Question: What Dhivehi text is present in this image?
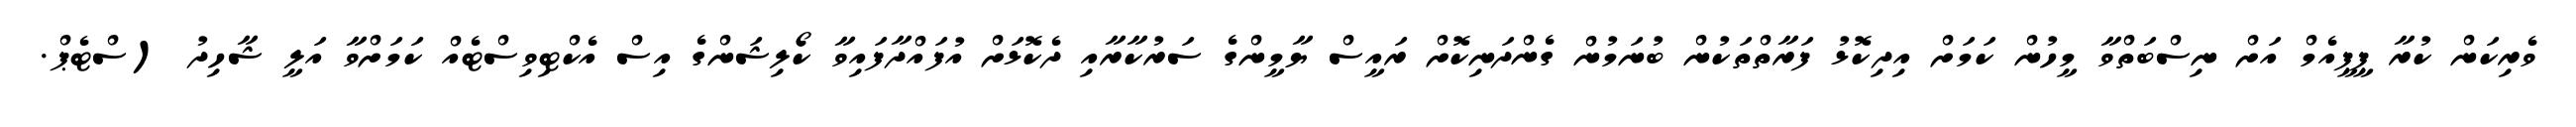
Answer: ވެރިކަން ކުރާ ޕީޕީއެމް އަށް ނިސްބަތްވާ މީހުން ކަމަށް އިދިކޮޅު ފަރާތްތަކުން ބުނަމުން ގެންދަނިކޮށް ރައީސް ޔާމީންގެ ސަރުކާރާއި ދެކޮޅަށް އުފައްދާފައިވާ ކޯލިޝަންގެ އިސް އެކްޓިވިސްޓެއް ކަމަށްވާ އަލީ ޝާހިދު (ސްޓެޕް.